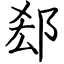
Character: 郄